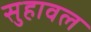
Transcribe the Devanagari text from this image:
सुहावल